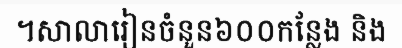
។សាលារៀនចំនួន៦០០កន្លែង និង